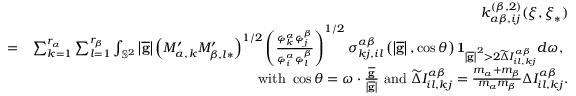
\begin{array} { r l r } & { } & { k _ { \alpha \beta , i j } ^ { \left( \beta , 2 \right) } ( \boldsymbol { \xi } , \boldsymbol { \xi } _ { \ast } ) } \\ & { = } & { \sum _ { k = 1 } ^ { r _ { \alpha } } \sum _ { l = 1 } ^ { r _ { \beta } } \int _ { \mathbb { S } ^ { 2 } } \left\vert \overline { { \mathbf { g } } } \right\vert \left( M _ { \alpha , k } ^ { \prime } M _ { \beta , l \ast } ^ { \prime } \right) ^ { 1 / 2 } \left( \frac { \varphi _ { k } ^ { \alpha } \varphi _ { j } ^ { \beta } } { \varphi _ { i } ^ { \alpha } \varphi _ { l } ^ { \beta } } \right) ^ { 1 / 2 } \sigma _ { k j , i l } ^ { \alpha \beta } \left( \left\vert \overline { { \mathbf { g } } } \right\vert , \cos \theta \right) \mathbf { 1 } _ { \left\vert \overline { { \mathbf { g } } } \right\vert ^ { 2 } > 2 \widetilde { \Delta } I _ { i l , k j } ^ { \alpha \beta } } d \boldsymbol { \omega } \mathrm { , ~ } } \\ & { } & { \mathrm { w i t h ~ } \cos \theta = \boldsymbol { \omega } \cdot \frac { \overline { { \mathbf { g } } } } { \left\vert \overline { { \mathbf { g } } } \right\vert } \mathrm { ~ a n d ~ } \widetilde { \Delta } I _ { i l , k j } ^ { \alpha \beta } = \frac { m _ { \alpha } + m _ { \beta } } { m _ { \alpha } m _ { \beta } } \Delta I _ { i l , k j } ^ { \alpha \beta } \mathrm { . } } \end{array}